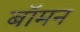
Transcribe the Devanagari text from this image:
बॉमन